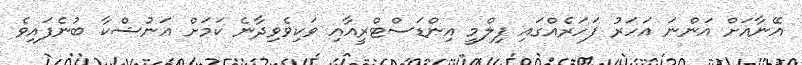
އޭނާއަށް އަންނަ އަހަރު ފަހަރެއްގައި ފިލްމީ އިންޑަސްޓްރީއާއި ވަކިވެވިދާނެ ކަމަށް އަނުޝްކާ ބުނެފައިވެ